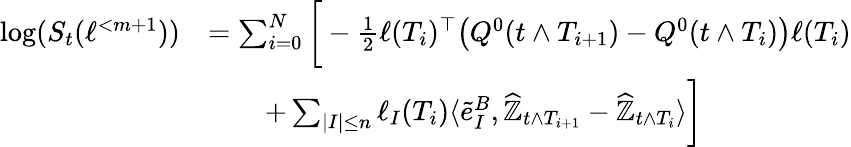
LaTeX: \begin{array}{rl}{\log(S_{t}(\ell^{<m+1}))}&{=\sum_{i=0}^{N}\bigg[-\frac{1}{2}\ell(T_{i})^{\top}\big(Q^{0}({t\land T_{i+1}})-Q^{0}(t\land T_{i})\big)\ell(T_{i})}\\ &{\qquad+\sum_{|I|\leq n}\ell_{I}(T_{i})\langle\tilde{e}_{I}^{B},\widehat{\mathbb{Z}}_{{t\land T_{i+1}}}-\widehat{\mathbb{Z}}_{t\land T_{i}}\rangle\bigg]}\end{array}